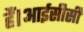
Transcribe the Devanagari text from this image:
हैं।आईसीसी